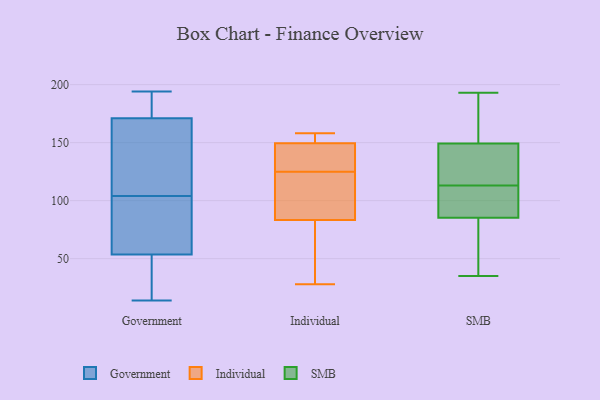
{"axis": {"x": "Operating Costs (USD K)", "y": "Value"}, "legend": ["Government", "Individual", "SMB"], "data": [{"x": "", "y": 76, "type": "Government"}, {"x": "", "y": 162, "type": "Government"}, {"x": "", "y": 94, "type": "Government"}, {"x": "", "y": 16, "type": "Government"}, {"x": "", "y": 104, "type": "Government"}, {"x": "", "y": 46, "type": "Government"}, {"x": "", "y": 162, "type": "Government"}, {"x": "", "y": 14, "type": "Government"}, {"x": "", "y": 174, "type": "Government"}, {"x": "", "y": 194, "type": "Government"}, {"x": "", "y": 194, "type": "Government"}, {"x": "", "y": 134, "type": "Individual"}, {"x": "", "y": 145, "type": "Individual"}, {"x": "", "y": 28, "type": "Individual"}, {"x": "", "y": 76, "type": "Individual"}, {"x": "", "y": 158, "type": "Individual"}, {"x": "", "y": 158, "type": "Individual"}, {"x": "", "y": 125, "type": "Individual"}, {"x": "", "y": 108, "type": "Individual"}, {"x": "", "y": 105, "type": "Individual"}, {"x": "", "y": 151, "type": "Individual"}, {"x": "", "y": 48, "type": "Individual"}, {"x": "", "y": 193, "type": "SMB"}, {"x": "", "y": 134, "type": "SMB"}, {"x": "", "y": 72, "type": "SMB"}, {"x": "", "y": 173, "type": "SMB"}, {"x": "", "y": 110, "type": "SMB"}, {"x": "", "y": 141, "type": "SMB"}, {"x": "", "y": 125, "type": "SMB"}, {"x": "", "y": 49, "type": "SMB"}, {"x": "", "y": 113, "type": "SMB"}, {"x": "", "y": 163, "type": "SMB"}, {"x": "", "y": 100, "type": "SMB"}, {"x": "", "y": 86, "type": "SMB"}, {"x": "", "y": 99, "type": "SMB"}, {"x": "", "y": 85, "type": "SMB"}, {"x": "", "y": 51, "type": "SMB"}, {"x": "", "y": 152, "type": "SMB"}, {"x": "", "y": 35, "type": "SMB"}, {"x": "", "y": 168, "type": "SMB"}, {"x": "", "y": 121, "type": "SMB"}]}